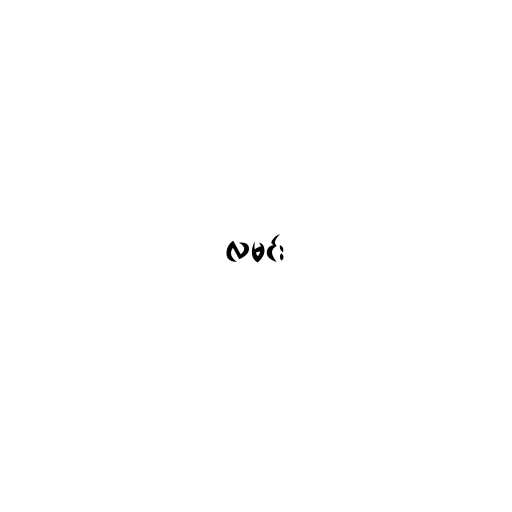
လမင်း